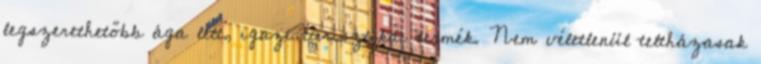
legszerethetőbb ága lett, igazi turisztikai termék. Nem véletlenül teltházasak